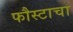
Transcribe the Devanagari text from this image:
फौस्टाचा